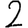
Digit: 2